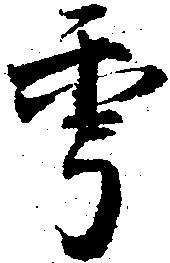
年